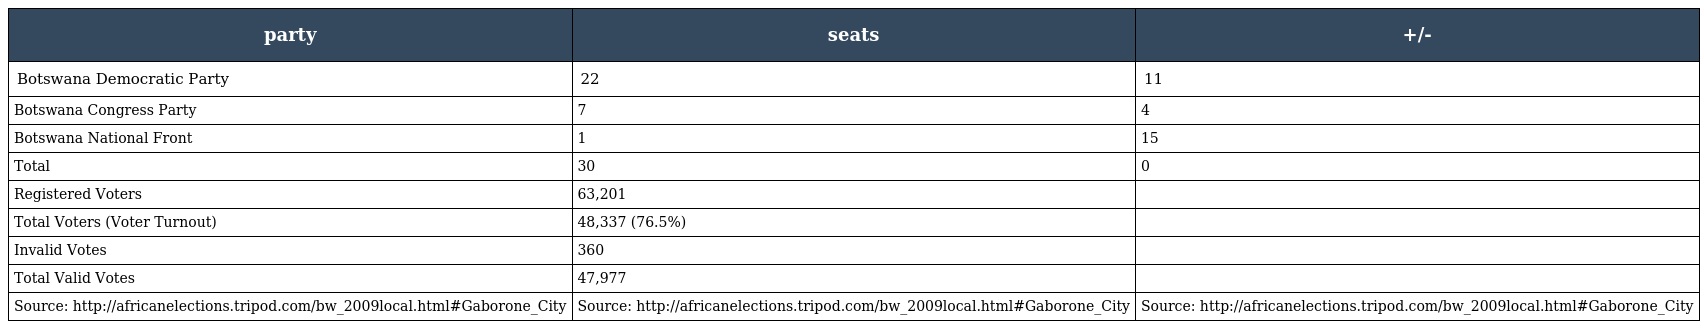
| party | seats | +/- |
 | --- | --- | --- |
 | Botswana Democratic Party | 22 | 11 |
 | Botswana Congress Party | 7 | 4 |
 | Botswana National Front | 1 | 15 |
 | Total | 30 | 0 |
 | Registered Voters | 63,201 |  |
 | Total Voters (Voter Turnout) | 48,337 (76.5%) |  |
 | Invalid Votes | 360 |  |
 | Total Valid Votes | 47,977 |  |
 | Source: http://africanelections.tripod.com/bw_2009local.html#Gaborone_City | Source: http://africanelections.tripod.com/bw_2009local.html#Gaborone_City | Source: http://africanelections.tripod.com/bw_2009local.html#Gaborone_City |